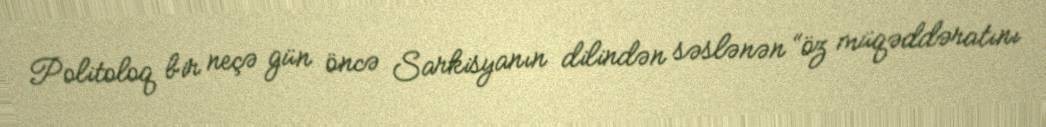
Politoloq bir neçə gün öncə Sarkisyanın dilindən səslənən “öz müqəddəratını